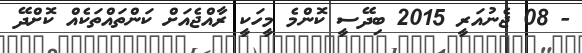
- 08 ޖެނުއަރީ 2015 ބިދޭސީ ކޮންމެ މީހަކީ ރާއްޖެއަށް ކަންތައްތަކެއް ކޮށްދޭ